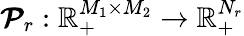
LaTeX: \boldsymbol{\mathcal{P}}_{r}:\mathbb{R}_{+}^{M_{1}\times M_{2}}\to\mathbb{R}_{+}^{N_{r}}